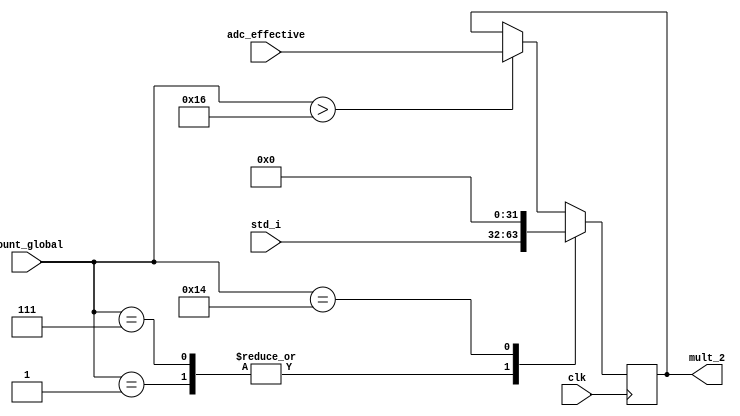
module mult_select(
 // .adc_effective(adc_effective_in), .std_i(std_i), .mult_2(mult_2), .count_global(count_global)
  input [31:0] adc_effective,
  input [31:0] std_i,
  output reg [31:0] mult_2,
  input [4:0] count_global,
  input clk
  
  );

always @(posedge clk)
begin
    case(count_global)
				      5'd1:
				      begin
				          mult_2 <= std_i;        
				      end
				      5'd7:
				      begin		         
				         mult_2 <= std_i;  
				      end
				      5'd20:
				      begin
				         mult_2    <= 0;    				        
				      end
				      default:
				      begin
				         if(count_global > 5'd22)
				         begin
				          	mult_2 <= adc_effective;
				         end
				      end
    endcase
  end
endmodule